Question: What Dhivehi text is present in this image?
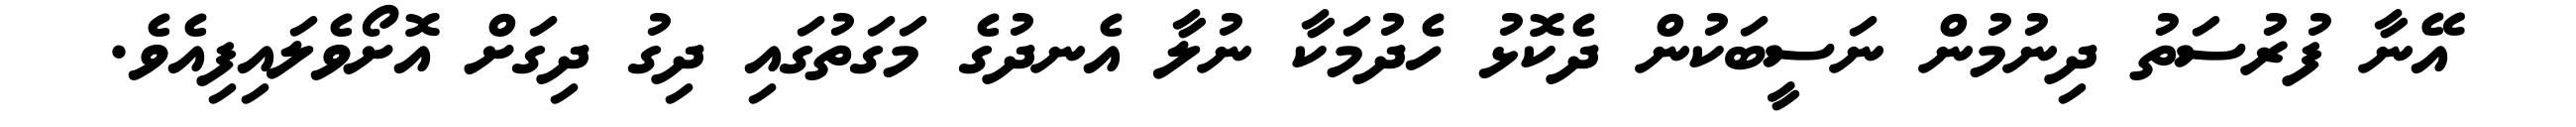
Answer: އޭނާ ފުރުސަތު ދިނުމުން ނަސީބަކުން ދެކޮޅު ހެދުމަކާ ނުލާ އެނދުގެ މަގަތުގައި ދިގު ދިގަށް އޮށޯވެލައިފިއެވެ.